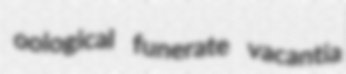
oological funerate vacantia